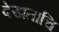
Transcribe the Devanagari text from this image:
देखताचि